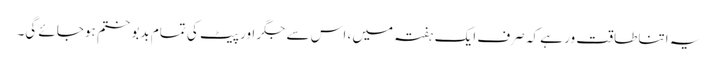
یہ اتنا طاقت ور ہے کہ صرف ایک ہفتہ میں ، اس سے جگر اور پیٹ کی تمام بدبو ختم ہوجائے گی۔